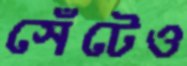
সেঁটেও